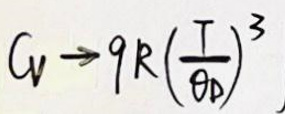
$C_{V} \rightarrow 9R\left(\frac{T}{\Theta_{D}}\right)^{3}$